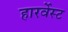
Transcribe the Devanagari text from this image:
हारर्वेस्ट